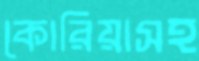
কোরিয়াসহ